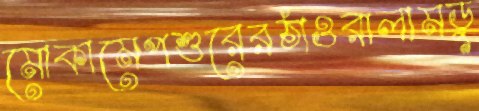
মোকামেপশুরেরঠাওরালামডু